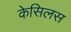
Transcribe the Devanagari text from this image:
केसिलस